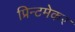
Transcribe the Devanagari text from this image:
प्रिन्टमेकर